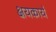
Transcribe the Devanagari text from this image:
क्षयकार्य